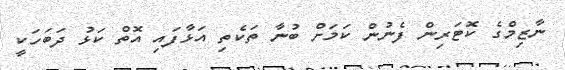
ނާޒިމްގެ ކޮޓަރިން ފެނުން ކަމަށް ބުނާ ތަކެތި އަޅާފައި އޮތް ކަޅު ދަބަހަކީ